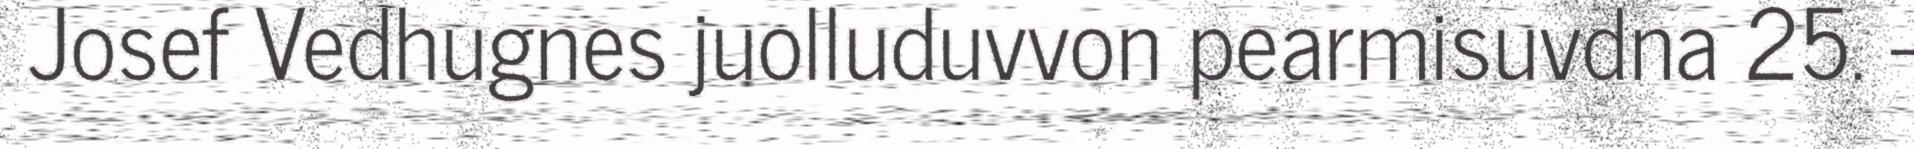
Josef Vedhugnes juolluduvvon pearmisuvdna 25. -